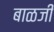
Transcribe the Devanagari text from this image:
बाळजी